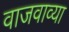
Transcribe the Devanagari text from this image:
वाजवाव्या